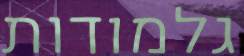
גלמודות